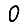
Digit: 0